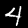
Label: 4